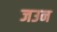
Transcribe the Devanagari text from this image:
जउन